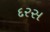
દરસ